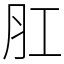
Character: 肛